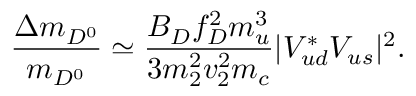
{ \frac { \Delta m _ { D ^ { 0 } } } { m _ { D ^ { 0 } } } } \simeq { \frac { B _ { D } f _ { D } ^ { 2 } m _ { u } ^ { 3 } } { 3 m _ { 2 } ^ { 2 } v _ { 2 } ^ { 2 } m _ { c } } } | V _ { u d } ^ { * } V _ { u s } | ^ { 2 } .